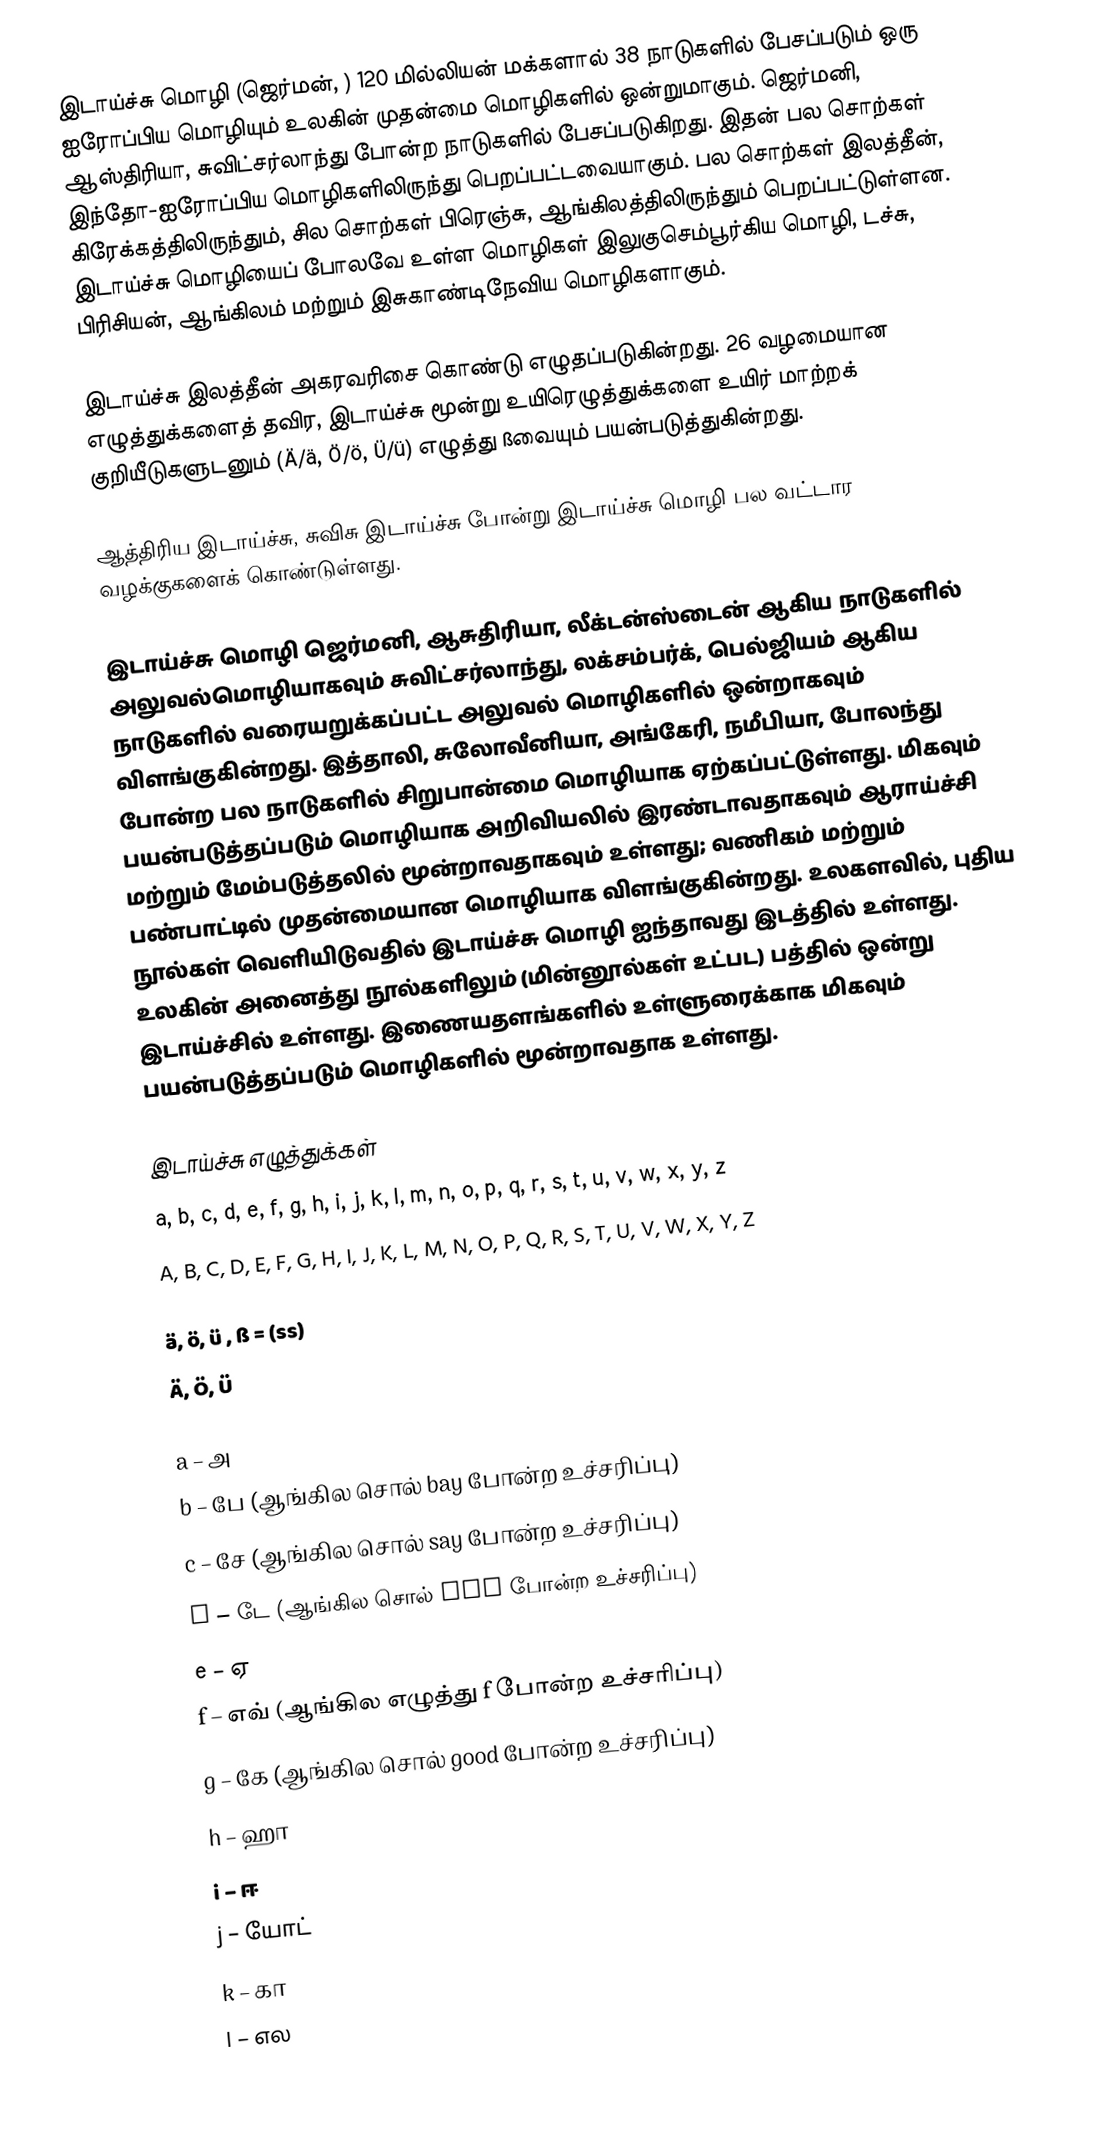
இடாய்ச்சு மொழி (ஜெர்மன், ) 120 மில்லியன் மக்களால் 38 நாடுகளில் பேசப்படும் ஒரு ஐரோப்பிய மொழியும் உலகின் முதன்மை மொழிகளில் ஒன்றுமாகும். ஜெர்மனி, ஆஸ்திரியா, சுவிட்சர்லாந்து போன்ற நாடுகளில் பேசப்படுகிறது. இதன் பல சொற்கள் இந்தோ-ஐரோப்பிய மொழிகளிலிருந்து பெறப்பட்டவையாகும். பல சொற்கள் இலத்தீன், கிரேக்கத்திலிருந்தும், சில சொற்கள் பிரெஞ்சு, ஆங்கிலத்திலிருந்தும் பெறப்பட்டுள்ளன. இடாய்ச்சு மொழியைப் போலவே உள்ள மொழிகள் இலுகுசெம்பூர்கிய மொழி, டச்சு, பிரிசியன், ஆங்கிலம் மற்றும் இசுகாண்டிநேவிய மொழிகளாகும்.

இடாய்ச்சு இலத்தீன் அகரவரிசை கொண்டு எழுதப்படுகின்றது. 26 வழமையான எழுத்துக்களைத் தவிர, இடாய்ச்சு மூன்று  உயிரெழுத்துக்களை உயிர் மாற்றக் குறியீடுகளுடனும் (Ä/ä, Ö/ö, Ü/ü) எழுத்து ßவையும் பயன்படுத்துகின்றது.

ஆத்திரிய இடாய்ச்சு, சுவிசு இடாய்ச்சு போன்று இடாய்ச்சு மொழி பல வட்டார வழக்குகளைக் கொண்டுள்ளது.

இடாய்ச்சு மொழி ஜெர்மனி, ஆசுதிரியா,  லீக்டன்ஸ்டைன் ஆகிய நாடுகளில் அலுவல்மொழியாகவும் சுவிட்சர்லாந்து, லக்சம்பர்க், பெல்ஜியம் ஆகிய நாடுகளில் வரையறுக்கப்பட்ட அலுவல் மொழிகளில் ஒன்றாகவும் விளங்குகின்றது. இத்தாலி, சுலோவீனியா, அங்கேரி, நமீபியா, போலந்து போன்ற பல நாடுகளில் சிறுபான்மை மொழியாக ஏற்கப்பட்டுள்ளது. மிகவும் பயன்படுத்தப்படும் மொழியாக அறிவியலில்  இரண்டாவதாகவும் ஆராய்ச்சி மற்றும் மேம்படுத்தலில் மூன்றாவதாகவும் உள்ளது; வணிகம் மற்றும் பண்பாட்டில் முதன்மையான மொழியாக விளங்குகின்றது. உலகளவில், புதிய நூல்கள் வெளியிடுவதில் இடாய்ச்சு மொழி ஐந்தாவது இடத்தில் உள்ளது. உலகின் அனைத்து நூல்களிலும் (மின்னூல்கள் உட்பட) பத்தில் ஒன்று இடாய்ச்சில் உள்ளது. இணையதளங்களில் உள்ளுரைக்காக மிகவும் பயன்படுத்தப்படும் மொழிகளில் மூன்றாவதாக உள்ளது.

இடாய்ச்சு எழுத்துக்கள்
 a, b, c, d, e, f, g, h, i, j, k, l, m, n, o, p, q, r, s, t, u, v, w, x, y, z
 A, B, C, D, E, F, G, H, I, J, K, L, M, N, O, P, Q, R, S, T, U, V, W, X, Y, Z

 ä, ö, ü , ß = (ss)
 Ä, Ö, Ü

 a – அ
 b – பே (ஆங்கில சொல் bay போன்ற உச்சரிப்பு)
 c – சே (ஆங்கில சொல் say போன்ற உச்சரிப்பு)
 d – டே (ஆங்கில சொல் day போன்ற உச்சரிப்பு)
 e – ஏ
 f – எவ் (ஆங்கில எழுத்து f போன்ற உச்சரிப்பு)
 g – கே (ஆங்கில சொல் good போன்ற உச்சரிப்பு)
 h – ஹா
 i – ஈ
 j – யோட்
 k – கா
 l – எல